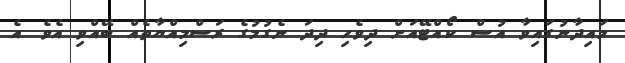
މައިދާނުގައިވާ އުސް ކޯއްޓޭއަށް ދިވެހި ދިދަ ނެގުމުގެ ރަސްމިއްޔާތެއް ބޭއްވި އެވެ. އެ